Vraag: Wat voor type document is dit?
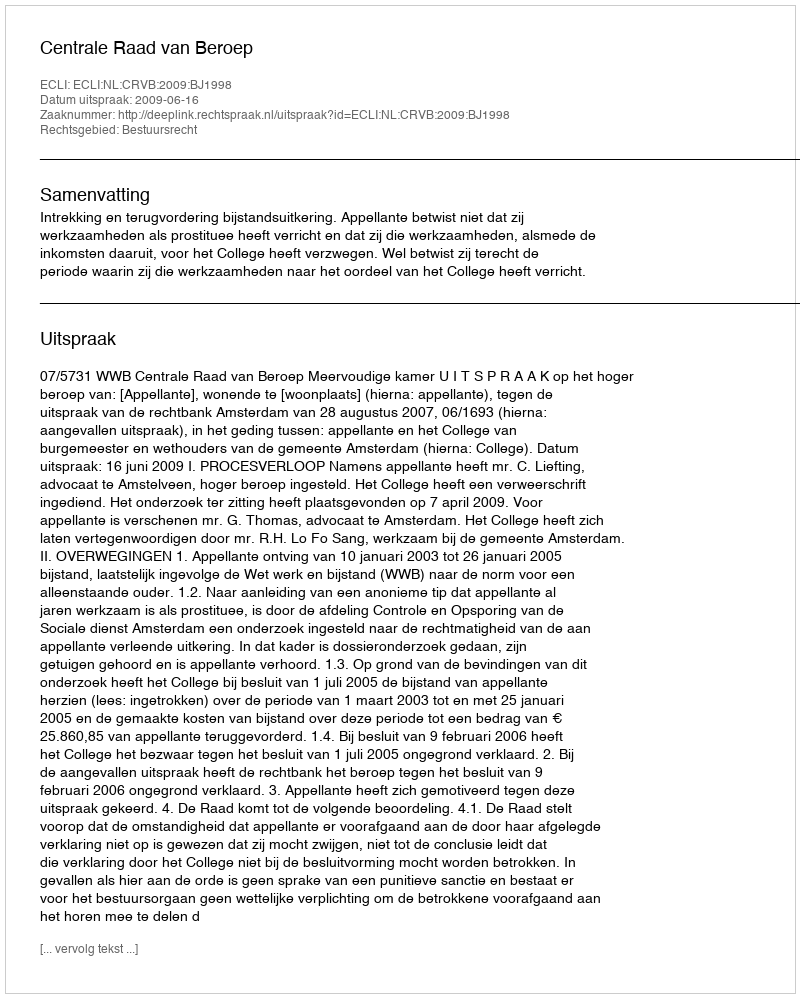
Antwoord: Uitspraak